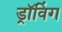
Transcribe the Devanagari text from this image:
ड्रॉविंग